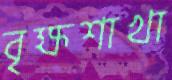
বৃক্ষশাখা